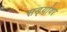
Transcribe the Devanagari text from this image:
सड्यांवर